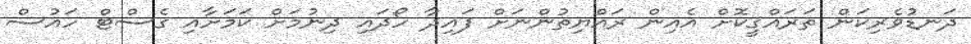
ދަނޑުވެރިކަން ތަރައްޤީކޮށް އެއިން ރައްޔިތުންނަށް ފައިދާ ހޯދައި ދިނުމަށް ކަމަށާއި ގެސްޓް ހައުސް